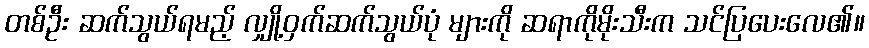
တစ်ဦး ဆက်သွယ်ရမည့် လျှို့ဝှက်ဆက်သွယ်ပုံ များကို ဆရာကိုမိုးသီးက သင်ပြပေးလေ၏။